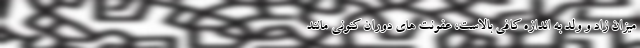
میزان زاد و ولد به اندازه کافی بالاست، عفونت های دوران کنونی مانند